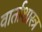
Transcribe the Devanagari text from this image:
वार्ताशास्त्र